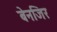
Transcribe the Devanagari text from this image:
बेनजिर